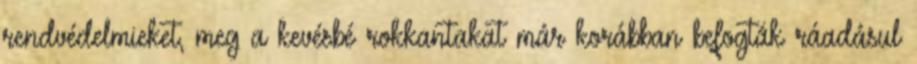
rendvédelmieket, meg a kevésbé rokkantakat már korábban befogták ráadásul